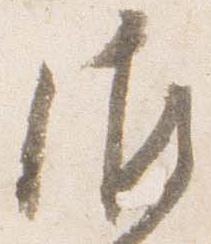
御